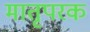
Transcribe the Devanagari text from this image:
मातृपरक